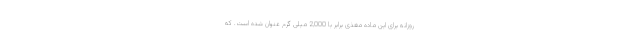
روزانه برای این ماده مغذی برابر با 2,000 میلی گرم عنوان شده است. که